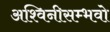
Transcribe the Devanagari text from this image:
अश्विनीसम्भवो